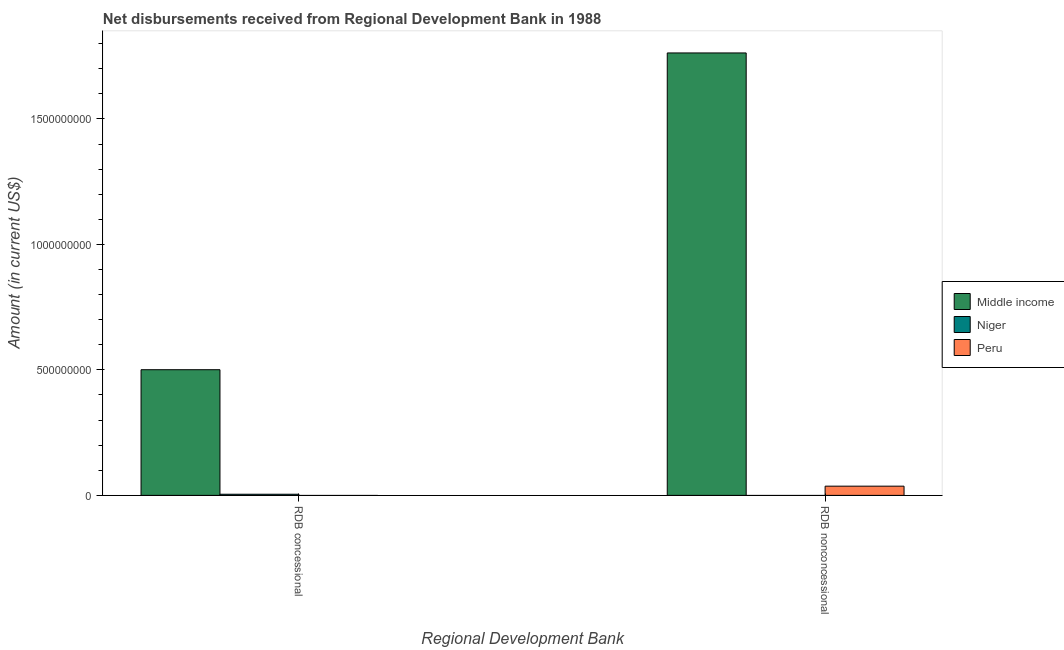
| Regional Development Bank | Middle income | Niger | Peru |
 | --- | --- | --- | --- |
 | RDB concessional | 5.01e+08 | 4.56e+06 | -7.93e+06 |
 | RDB nonconcessional | 1.76e+09 | -2.56e+06 | 3.68e+07 |